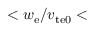
< w _ { \mathrm { e } } / v _ { \mathrm { t e 0 } } <